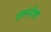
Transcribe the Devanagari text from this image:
उलनोवा